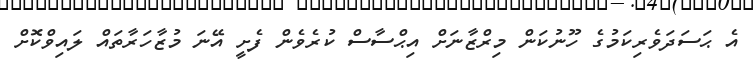
އެ ޙަސަދަވެރިކަމުގެ ހޫނުކަން މިރްޒާނަށް އިޙްސާސް ކުރެވެން ފެށީ އޭނަ މުޒާހަރާތައް ލައިވްކޮށް